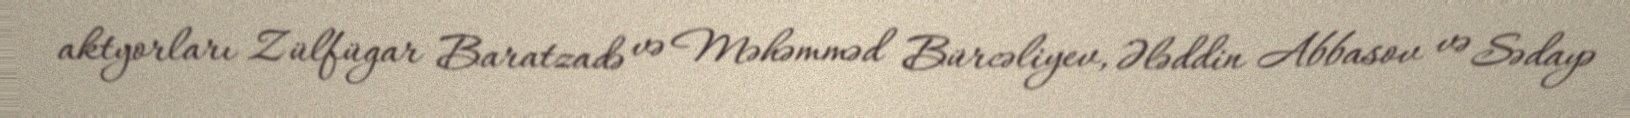
aktyorları Zülfügar Baratzadə və Məhəmməd Bürcəliyev, Ələddin Abbasov və Sədayə